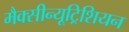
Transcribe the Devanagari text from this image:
मैक्सीन्यूट्रिशियन